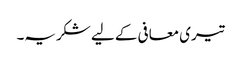
تیری معافی کے لیے شکریہ۔